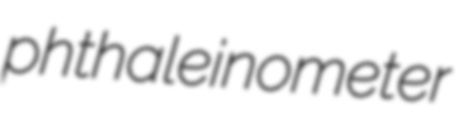
phthaleinometer